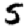
Digit: 5